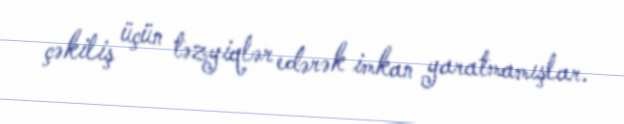
çəkiliş üçün təzyiqlər edərək imkan yaratmamışlar.